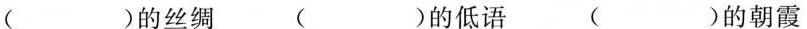
( )的丝绸 ( )的低语 ( )的朝霞